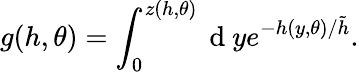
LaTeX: g(h,\theta)=\int_{0}^{z(h,\theta)}\mathrm{~d~}ye^{-h(y,\theta)/\tilde{h}}.